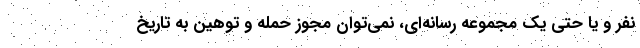
نفر و یا حتی یک مجموعه رسانه‌ای، نمی‌توان مجوز حمله و توهین به تاریخ